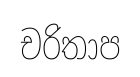
චරිතාප